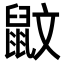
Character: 鼤